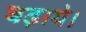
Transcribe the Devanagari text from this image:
बढ़ाये।